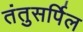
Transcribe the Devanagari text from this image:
तंतुसर्पिल